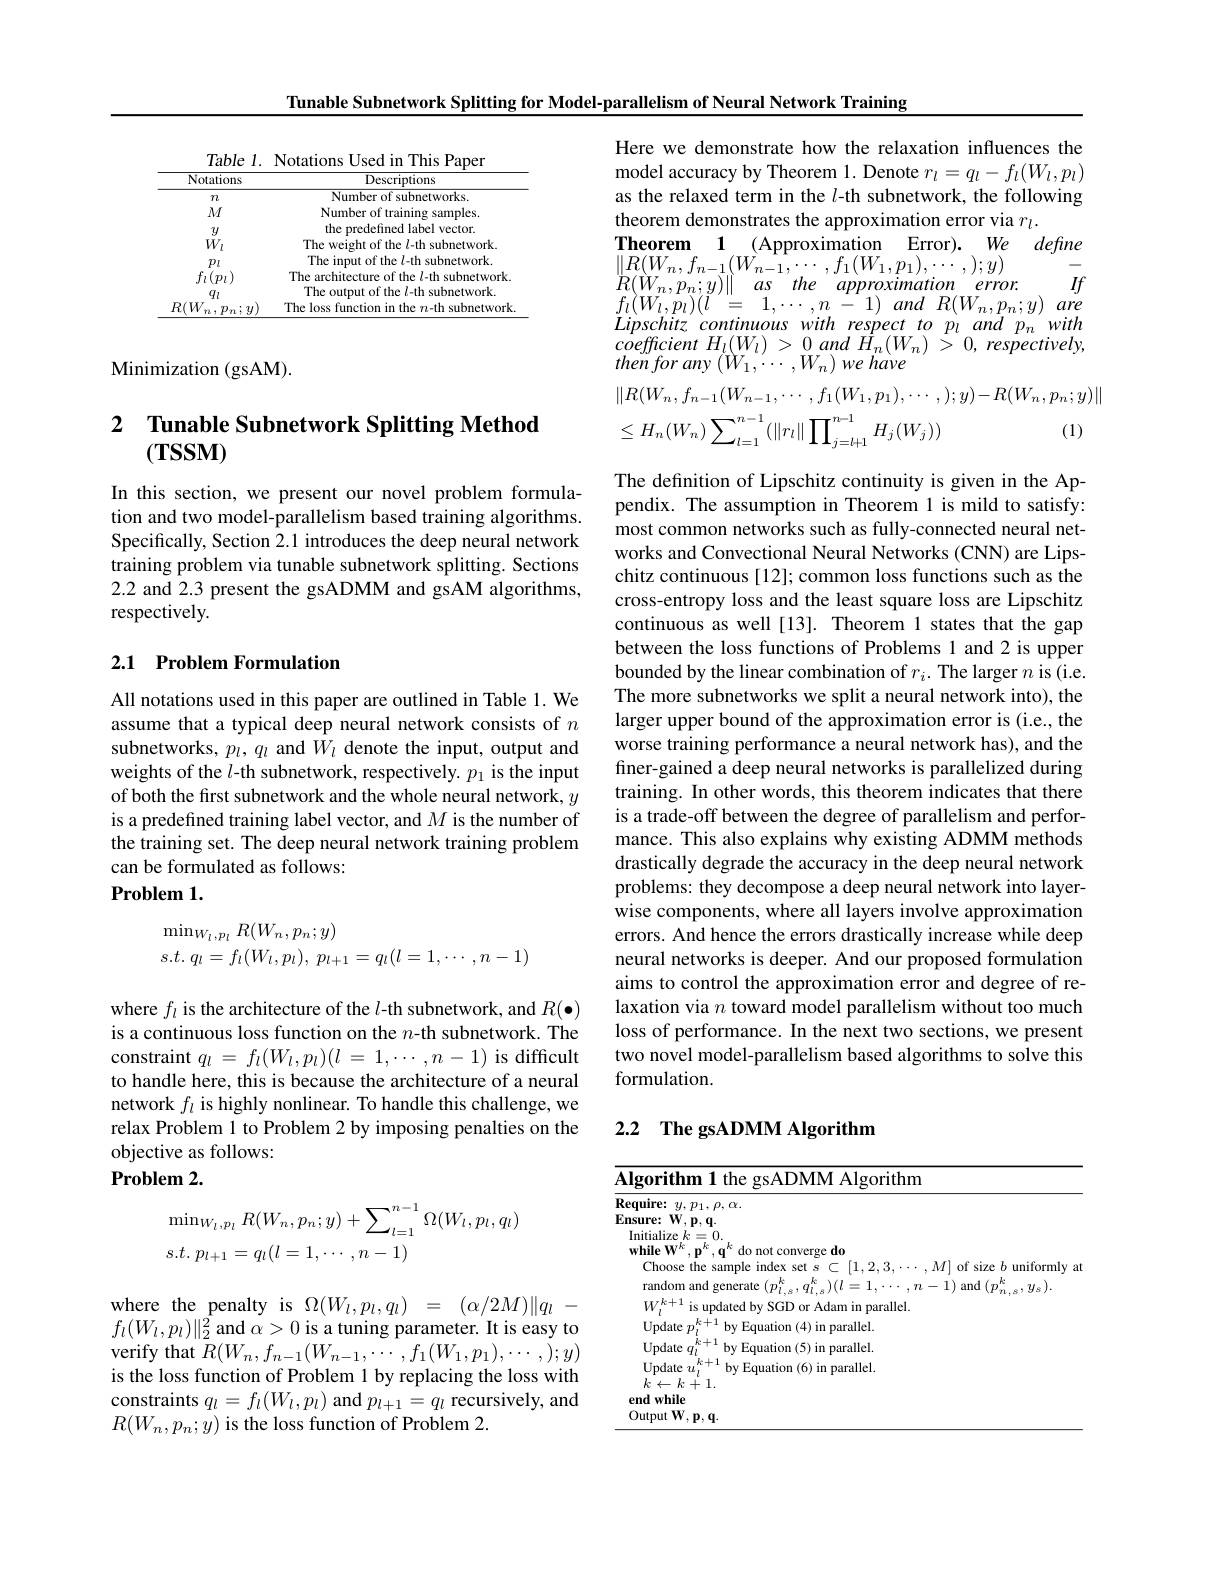
Tunable Subnetwork Splitting for Model-parallelism of Neural Network Training

Table l. Notations Used in This Paper
<table>
	<tbody>
		<tr>
			<th>Notations</th>
			<th>Descriptions</th>
		</tr>
		<tr>
			<td>$7\boldsymbol{l}$</td>
			<td>Number of subnetworks.</td>
		</tr>
		<tr>
			<td>$M$</td>
			<td>Number of training samples</td>
		</tr>
		<tr>
			<td>$y$</td>
			<td>the predefined label vector.</td>
		</tr>
		<tr>
			<td>$W_{l}$</td>
			<td>The weight of the $l$-th subnetwork.</td>
		</tr>
		<tr>
			<td>$p_{l}$</td>
			<td>The input of the $l$-th subnetwork.</td>
		</tr>
		<tr>
			<td>$f_{l}t$ $\eta_{1}$ C</td>
			<td>The architecture of the $l$-th subnetwork.</td>
		</tr>
		<tr>
			<td> </td>
			<td>The output of the $l$-th subnetwork.</td>
		</tr>
		<tr>
			<td>$R(W$, 7.</td>
			<td>The loss function in the $n$-th subnetwork</td>
		</tr>
	</tbody>
</table>

Minimization (gsAM).

## 2 $\textbf{Tunable Subnetwork Splitting Method}$ $(\mathbf{TSSM})$

In this section, we present our novel problem formulation and two model-parallelism based training algorithms. Specifically, Section 2.1 introduces the deep neural network training problem via tunable subnetwork splitting. Sections 2.2 and 2.3 present the gsADMM and gsAM algorithms, respectively.

## 2.1 Problem Formulation

All notations used in this paper are outlined in Table 1. We assume that a typical deep neural network consists of $n$ subnetworks, $p_l,q_l$ and $W_l$ denote the input, output and weights of the $l$-th subnetwork, respectively. $p_1$ is the input of both the first subnetwork and the whole neural network, $y$ is a predefined training label vector, and $M$ is the number of the training set. The deep neural network training problem can be formulated as follows:
Problem 1.
$$\begin{aligned}&\min_{W_{l},p_{l}}R(W_{n},p_{n};y)\\&s.t.\:q_{l}=f_{l}(W_{l},p_{l}),\:p_{l+1}=q_{l}(l=1,\cdots,n-1)\end{aligned}$$
where $f_l$ is the architecture of the $l$-th subnetwork, and $R(\bullet)$ is a continuous loss function on the $n$-th subnetwork. The constraint $q_l=f_l(W_l,p_l)(l=1,\cdots,n-1)$ is difficult to handle here, this is because the architecture of a neural network $f_l$ is highly nonlinear. To handle this challenge, we relax Problem 1 to Problem 2 by imposing penalties on the objective as follows:
$\mathbf{Problem}2.$
$$\begin{array}{l}\min_{W_l,p_l}R(W_n,p_n;y)+\sum_{l=1}^{n-1}\Omega(W_l,p_l,q_l)\\s.t.\:p_{l+1}=q_l(l=1,\cdots,n-1)\end{array}$$
where the penalty is $\Omega(W_l,p_l,q_l)=(\alpha/2M)\|q_l-$ $f_{l}(W_{l},p_{l})\|_{2}^{2}$and $\alpha>0$ is a tuning parameter. It is easy to verify that $R(W_{n},f_{n-1}(W_{n-1},\cdots,f_{1}(W_{1},p_{1}),\cdots,);y)$ is the loss function of Problem 1 by replacing the loss with constraints $q_l=f_l(W_l,p_l)$ and $p_l+1=q_l$ recursively, and $R(W_{n},p_{n};y)$ is the loss function of Problem 2.

Here we demonstrate how the relaxation influences the model accuracy by Theorem 1. Denote $r_l=q_l-f_l(W_l,p_l)$ as the relaxed term in the $l$-th subnetwork, the following theorem demonstrates the approximation error via $r_l.$
Theorem 1 (Approximation Error). We define $\begin{array}{llll}{\|R(W_{n},f_{n-1}(W_{n-1},\cdots,f_{1}(W_{1},p_{1}),\cdots,y)}&{-}\\{R(W_{n},p_{n};y)\|\: as\: the\: approximation\: error.\: If}\\{f_{l}(W_{l},p_{l})(l\:=\:1,\cdots,n\:-\:1)\:and\:R(W_{n},p_{n};y)\: are}\end{array}$ $Lipschitz~continuous~with~respect~to~p_{l}~and~p_{n}~with$ coefficient $H_{l}( W_{l})$ > 0 and $\dot{H} _{n}( W_{n})$ > 0, $respectively$, $thenforany\left(W_{1},\cdots,W_{n}\right)wehave$
$$\|R(W_{n},f_{n-1}(W_{n-1},\cdots,f_{1}(W_{1},p_{1}),\cdots,);y)-R(W_{n},p_{n};y)\|\\\leq H_{n}(W_{n})\sum_{l=1}^{n-1}(\|r_{l}\|\prod_{j=l+1}^{n-1}H_{j}(W_{j}))\text{(1)}$$
The definition of Lipschitz continuity is given in the Appendix. The assumption in Theorem 1 is mild to satisfy: most common networks such as fully-connected neural networks and Convectional Neural Networks (CNN) are Lipschitz continuous [12]; common loss functions such as the cross-entropy loss and the least square loss are Lipschitz continuous as well [13]. Theorem 1 states that the gap between the loss functions of Problems 1 and 2 is upper bounded by the linear combination of $r_i.$ The larger $n$ is (i.e. The more subnetworks we split a neural network into), the larger upper bound of the approximation error is (i.e., the worse training performance a neural network has), and the finer-gained a deep neural networks is parallelized during training. In other words, this theorem indicates that there is a trade-off between the degree of parallelism and performance. This also explains why existing ADMM methods drastically degrade the accuracy in the deep neural network problems: they decompose a deep neural network into layerwise components, where all layers involve approximation errors. And hence the errors drastically increase while deep neural networks is deeper. And our proposed formulation aims to control the approximation error and degree of relaxation via $n$ toward model parallelism without too much loss of performance. In the next two sections, we present two novel model-parallelism based algorithms to solve this formulation.

## 2.2 The gsADMM Algorithm

<table>
	<tbody>
		<tr>
			<td>$A$ 1 T 1</td>
			<td>$\textbf{I Algorithm}$</td>
			<td>Algorithm</td>
		</tr>
		<tr>
			<td>$R$</td>
			<td>Require $2U$ $p_{1}$, $\rho$, $\alpha.$</td>
			<td>: $y$, $p_{1}$, $\rho $, $\alpha .$ ire:</td>
		</tr>
		<tr>
			<td>$E$</td>
			<td>Fnsures $\mathbf{p}.\mathbf{q}$</td>
			<td>M $\mathbf{D}.\mathbf{Q}$</td>
		</tr>
		<tr>
			<td> </td>
			<td>Initialize $k=0.$ while W$^{k}$ $k$ $da$</td>
			<td>ialize $k=$ 1 $\Upsilon$ $d0$</td>
		</tr>
		<tr>
			<td> </td>
			<td>Choose $\Lambda/I$ of size $\because b$ unif</td>
			<td>honse the Samnl size · $b$ uniformlv</td>
		</tr>
		<tr>
			<td> </td>
			<td>random and $k$ $k$ 1.</td>
			<td>A $k$</td>
		</tr>
		<tr>
			<td> </td>
			<td>IS IINIATed DV SGD or Adam in parallel.</td>
			<td>is updated bv ${\mathrm{y~SGD~or~Adam~in~parallel.}}$</td>
		</tr>
		<tr>
			<td> </td>
			<td>Update oy Equation ( 5)  in parallel. </td>
			<td>mdate by Equation (5) in parallel. $U:$</td>
		</tr>
		<tr>
			<td> </td>
			<td>${\mathrm{Update~}u_{l}^{\kappa}}$ by Equation (6) in parallel $k\leftarrow k+1.$ end while Output W, p, q. </td>
			<td>${\mathrm{lation~(b)~in~paralle.}}$ $k+1$ lwhile $putW,p,q.$</td>
		</tr>
		<tr>
			<td> </td>
			<td>Output W. p, q. </td>
			<td>mill $W$ $\mathbf{p},\mathbf{q}.$</td>
		</tr>
	</tbody>
</table>